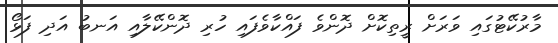
މާރުކޭޓުގައި ވަރަށް ރީތިކޮށް ދޮންވެ ފައްކާވެފައި ހުރި ދޮންކޭލާއި އަނބު އަދި ފަޅޯ